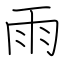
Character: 雨